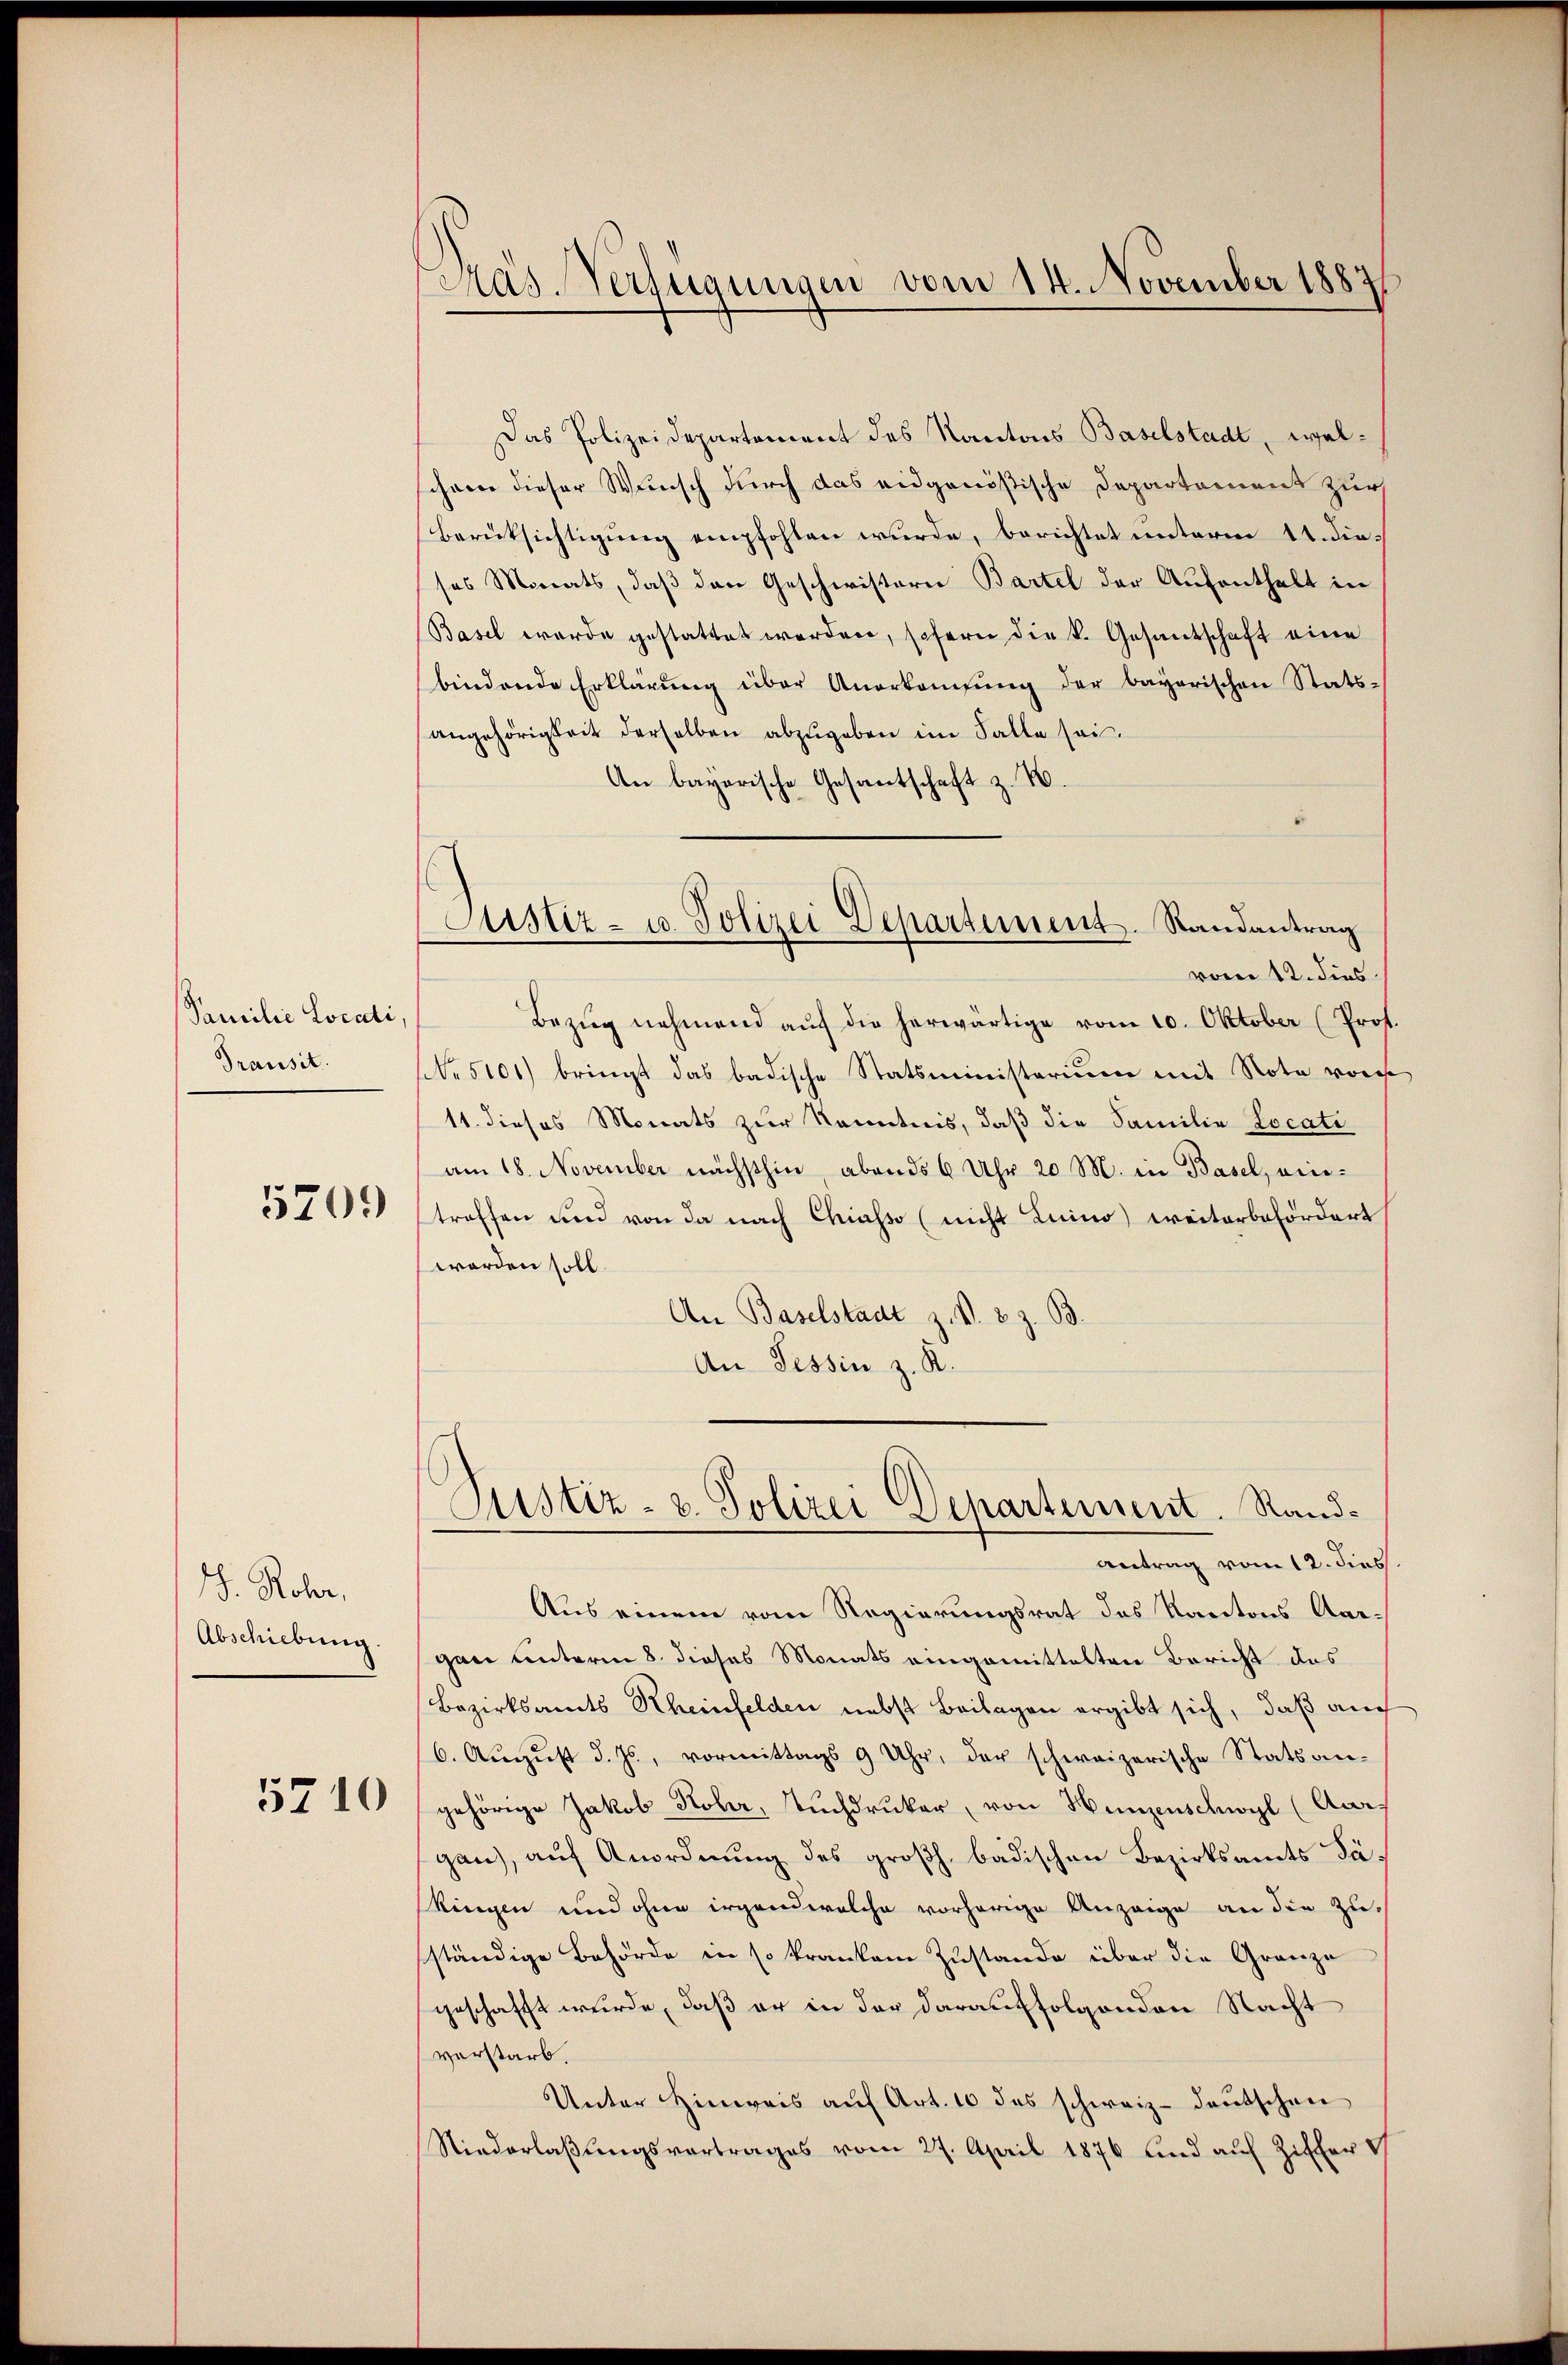
Familie Locati
Transit.

5709

. Rober,
Abschiebung

5710

Pas. Verfügungen vom 14. November 1887

Das Polizeidepartement des Kantons Baselstadt, welschon dieser Wunsch durch das eidgenößische Departement zur
Berüksichtigung empfohlen wurde, berichtet unterm 11. dieses Monats, daß den Geschwistern Bartel der Aufenthalt in
Basel werde gestattet werden, schern die k. Gesantschaft eine
bindende Erklärŭng über Anerkaufŭng der bayerischen Stats-
angehörigkeit derselben abzŭgeben im Falle sei.
An bayerische Gesantschaft z. B.
Bezug nehmend aŭf die herwärtige vom 10. Oktober (Prof.
NNo. 5101) bringt das badische Statsministerium mit Note von
11. dieses Monats zur Kenntnis, daß die Familie Locati
am 18. November nächsthin abends 6 Uhr 20 M. in Basel, eintroffen und von da nach Chiasso (nicht Luino) weiterbefördert
worden soll.
An Baselstadt z. B. 3. z. B.
An Tessin z. R.

Justiz- u. Polizei Departement. Randantrag
vom 12. dies

Justiz- u. Polizei Departement. Rand¬

antrag vom 12. diess.
Aus einem vom Regierungsrat des Kantons Aargan unterm 8. dieses Monats eingemittelten Bericht des
Bezirksamts Rheinfelden nebst Beilagen ergibt sich, daß auch
(6. Aŭgŭst d. Js., vormittags 9 Uhr, der schweizerische Statsan-
gehörige Jakob Kober, Tuchdruker, von Hunzenschwyl (Aargau), auf Anordnung des großh. badischen Bezirksamts Sakingen und ohne irgend welche vorherige Anzeige an die Zuständige Behörde in so kranken Zustande über die Gränze
geschafft wurde, daß er in der darauffolgenden Nacht
verstarb.
Unter Hinweis auf Art. 10 das schweiz. deutschen
Niederlaßungsvortrages vom 27. April 1876 und auf Ziffer &